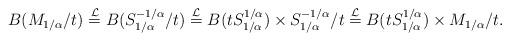
LaTeX: \begin{align*}B( M_{1/\alpha}/t) \overset{\mathcal{L}}{=} B( S^{-1/\alpha}_{1/\alpha}/t) \overset{\mathcal{L}}{=}B(t S_{1/\alpha}^{1/\alpha}) \times S^{-1/{\alpha}}_{1/\alpha} / t\overset{\mathcal{L}}{=} B(t S_{1/\alpha}^{1/\alpha}) \times M_{1/\alpha} /t.\end{align*}